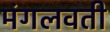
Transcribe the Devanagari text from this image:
मंगलवती